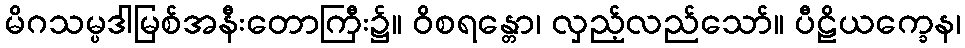
မိဂသမ္ပဒါမြစ်အနီးတောကြီး၌။ ဝိစရန္တော၊ လှည့်လည်သော်။ ပီဠိယက္ခေန၊